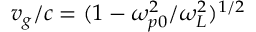
v _ { g } / c = ( 1 - \omega _ { p 0 } ^ { 2 } / \omega _ { L } ^ { 2 } ) ^ { 1 / 2 }